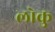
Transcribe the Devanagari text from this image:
लोकु